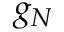
g _ { N }